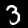
Digit: 3